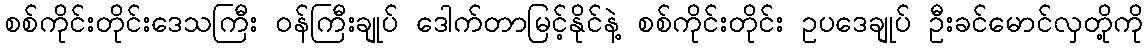
စစ်ကိုင်းတိုင်းဒေသကြီး ဝန်ကြီးချုပ် ဒေါက်တာမြင့်နိုင်နဲ့ စစ်ကိုင်းတိုင်း ဥပဒေချုပ် ဦးခင်မောင်လှတို့ကို